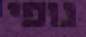
גופי